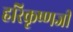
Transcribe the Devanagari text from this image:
हरिकृष्णजी